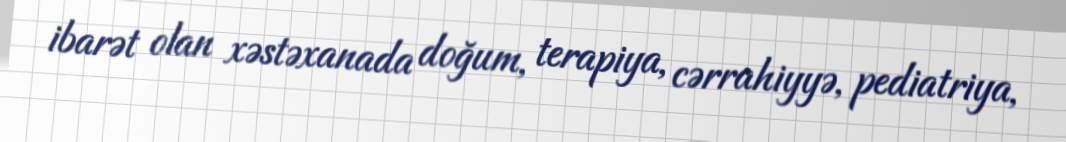
ibarət olan xəstəxanada doğum, terapiya, cərrahiyyə, pediatriya,